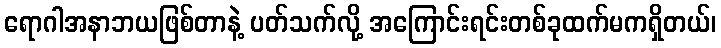
ရောဂါအနာဘယဖြစ်တာနဲ့ ပတ်သက်လို့ အကြောင်းရင်းတစ်ခုထက်မကရှိတယ်၊